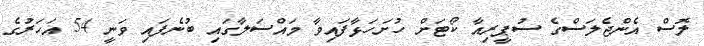
ލޮސް އެންޖެލަސްގެ ސުޕީރިއާ ކޯޓަށް ހުށަހަޅާފައިވާ މައްސަލާގައި ބުނެފައި ވަނީ 54 އަހަރުގެ